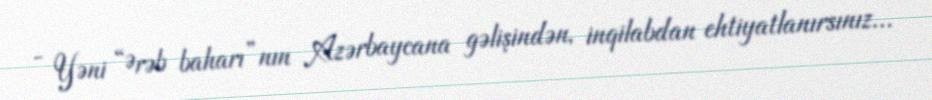
- Yəni “Ərəb baharı”nın Azərbaycana gəlişindən, inqilabdan ehtiyatlanırsınız...